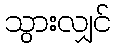
သွားလျှင်